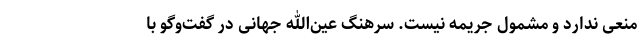
منعی ندارد و مشمول جریمه نیست. سرهنگ عین‌الله جهانی در گفت‌وگو با